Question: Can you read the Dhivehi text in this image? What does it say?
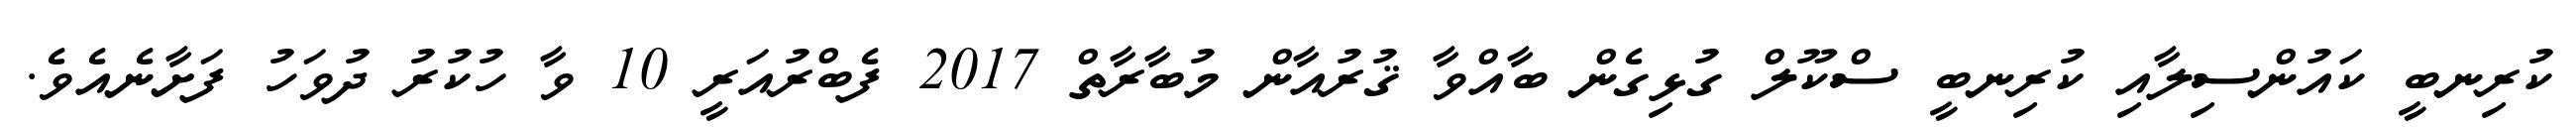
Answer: ކުރިނބީ ކައުންސިލާއި ކުރިނބީ ސްކޫލް ގުޅިގެން ބާއްވާ ޤުރުއާން މުބާރާތް 2017 ފެބްރުއަރީ 10 ވާ ހުކުރު ދުވަހު ފަށާނެއެވެ.